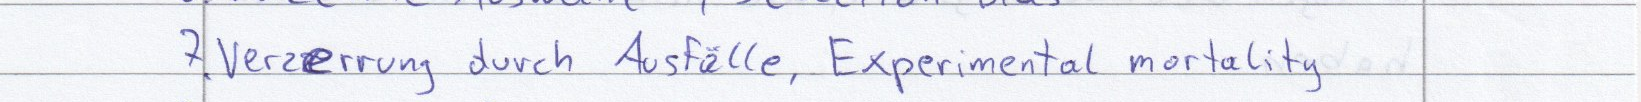
7. Verzerrung durch Ausfälle, Experimental mortality